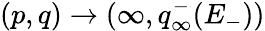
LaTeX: (p,q)\to(\infty,q_{\infty}^{-}(E_{-}))